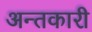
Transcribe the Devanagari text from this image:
अन्तकारी